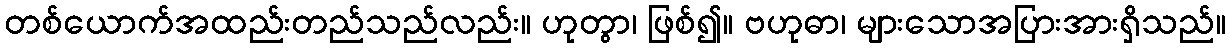
တစ်ယောက်အထည်းတည်သည်လည်း။ ဟုတွာ၊ ဖြစ်၍။ ဗဟုဓာ၊ များသောအပြားအားရှိသည်။